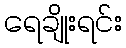
ရေချိုးရင်း